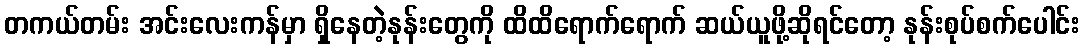
တကယ်တမ်း အင်းလေးကန်မှာ ရှိနေတဲ့နုန်းတွေကို ထိထိရောက်ရောက် ဆယ်ယူဖို့ဆိုရင်တော့ နုန်းစုပ်စက်ပေါင်း